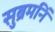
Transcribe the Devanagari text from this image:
सुब्रमनिं